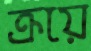
ক্রয়ে